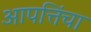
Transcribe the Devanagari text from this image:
आपत्तिंचा